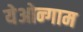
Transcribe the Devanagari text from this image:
येओन्गाम